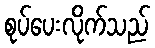
စုပ်ပေးလိုက်သည်